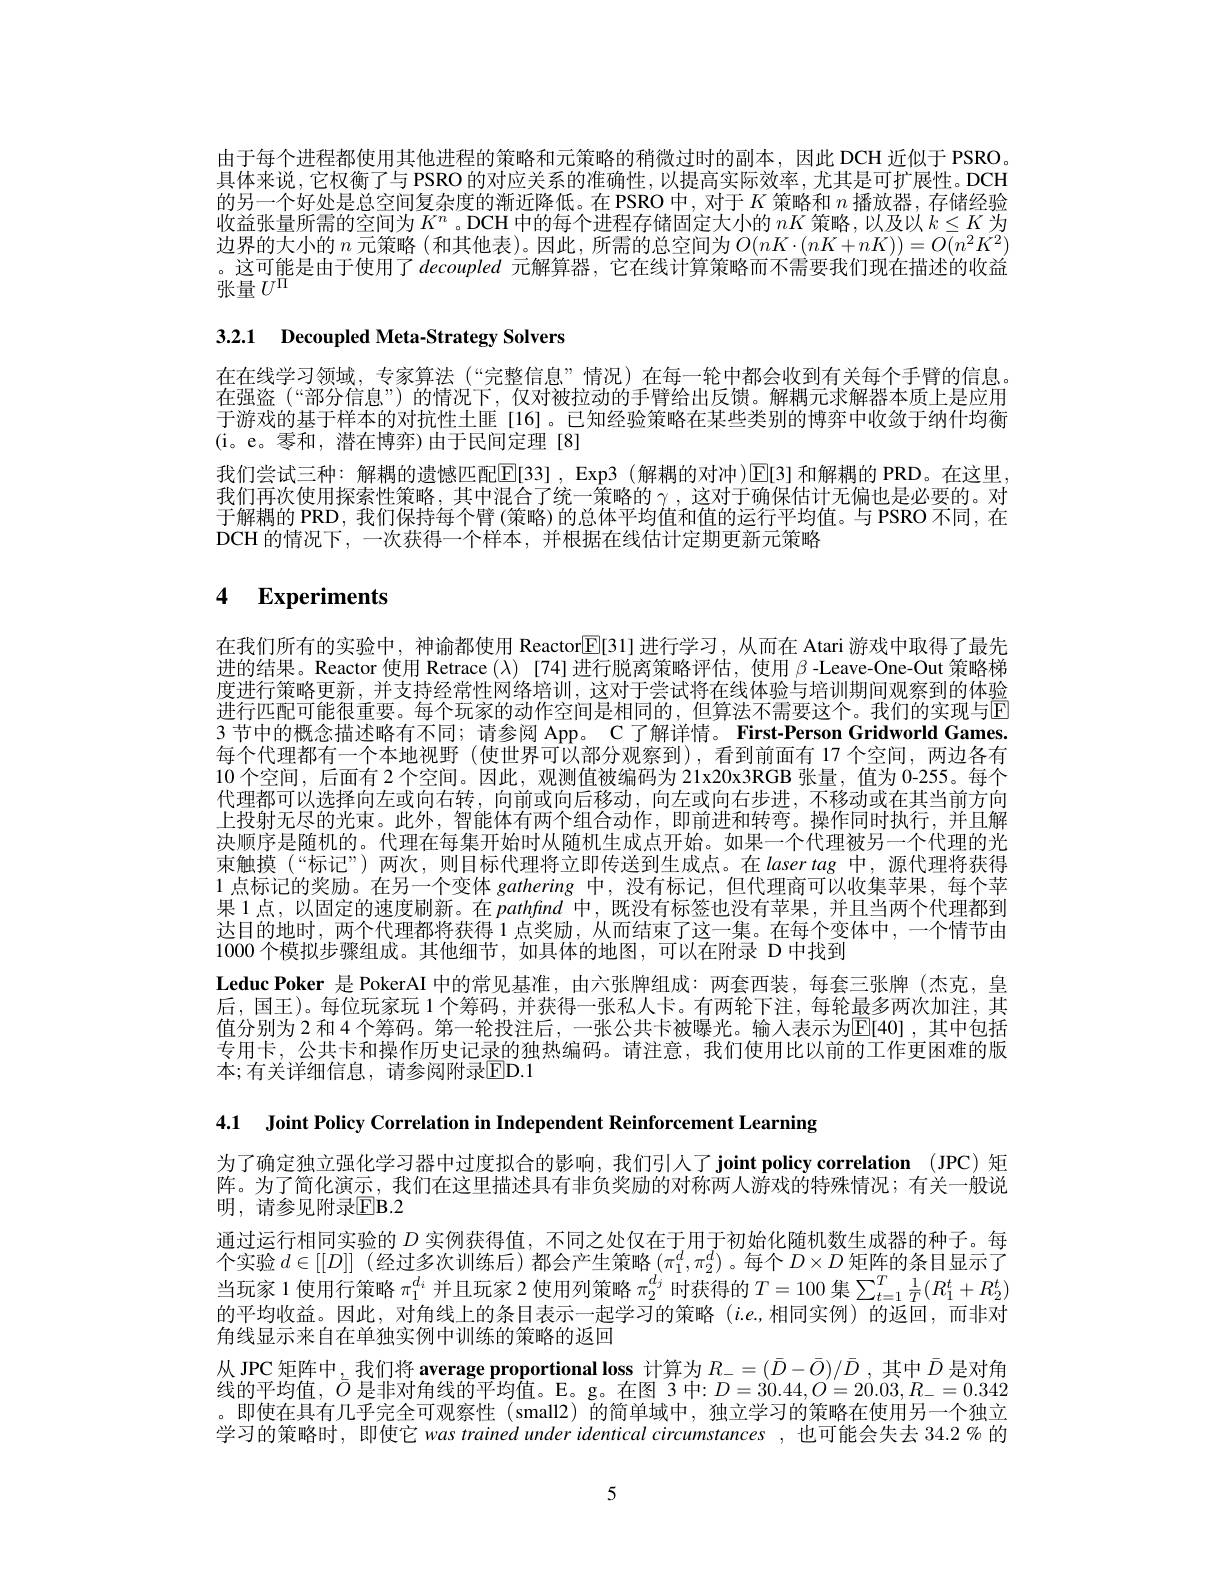
由于每个进程都使用其他进程的策略和元策略的稍微过时的副本，因此 DCH 近似于 PSRO。具体来说，它权衡了与 PSRO 的对应关系的准确性，以提高实际效率，尤其是可扩展性。DCH 的另一个好处是总空间复杂度的渐近降低。在 PSRO 中，对于$K$策略和$n$播放器，存储经验收益张量所需的空间为$K^n$ 。DCH 中的每个进程存储固定大小的$nK$策略，以及以$k\leq K$为边界的大小的 $n$ 元策略 (和其他表)。因此，所需的总空间为$O(nK\cdot(nK+nK))=O(n^2K^2)$ 。这可能是由于使用了decoupled元解算器，它在线计算策略而不需要我们现在描述的收益$\bar{\text{张量 }U^\mathrm{\Pi}}$

# 3.2.1 Decoupled Meta-Strategy Solvers

在在线学习领域，专家算法(“完整信息”情况)在每一轮中都会收到有关每个手臂的信息在强盗(“部分信息”)的情况下，仅对被拉动的手臂给出反馈。解耦元求解器本质上是应用于游戏的基于样本的对抗性土匪[16]。已知经验策略在某些类别的博弈中收敛于纳什均衡(i。e。零和，潜在博弈)由于民间定理[8]
我们尝试三种：解耦的遗憾匹配$\boxed{\mathrm{E}}[33]$, Exp3 (解耦的对冲)$\boxed{\mathrm{E}}[3]$ 和解耦的 PRD。在这里我们再次使用探索性策略，其中混合了统一策略的$\gamma$,这对于确保估计无偏也是必要的。对于解耦的 PRD, 我们保持每个臂 (策略) 的总体平均值和值的运行平均值。与 PSRO 不同，在DCH 的情况下，一次获得一个样本，并根据在线估计定期更新元策略

# 4 $\textbf{Experiments}$

在我们所有的实验中，神谕都使用 Reactor$\mathbb{E}[31]$进行学习，从而在 Atari 游戏中取得了最先进的结果。Reactor 使用 Retrace $(\lambda)$ [74]进行脱离策略评估，使用$\beta$ -Leave-One-Out 策略梯度进行策略更新，并支持经常性网络培训，这对于尝试将在线体验与培训期间观察到的体验进行匹配可能很重要。每个玩家的动作空间是相同的，但算法不需要这个。我们的实现与E 3 节中的概念描述略有不同；请参阅 App。C 了解详情。First-Person Gridworld Games. 每个代理都有一个本地视野(使世界可以部分观察到),看到前面有 17 个空间，两边各有10 个空间，后面有 2 个空间。因此，观测值被编码为 21x20x3RGB 张量，值为 0-255。每个代理都可以选择向左或向右转，向前或向后移动，向左或向右步进，不移动或在其当前方向上投射无尽的光束。此外，智能体有两个组合动作，即前进和转弯。操作同时执行，并且解决顺序是随机的。代理在每集开始时从随机生成点开始。如果一个代理被另一个代理的光束触摸(“标记”)两次，则目标代理将立即传送到生成点。在lasertag中，源代理将获得1点标记的奖励。在另一个变体 gathering 中，没有标记，但代理商可以收集苹果，每个苹果 1 点，以固定的速度刷新。在pathfind中，既没有标签也没有苹果，并且当两个代理都到达目的地时，两个代理都将获得 1 点奖励，从而结束了这一集。在每个变体中，一个情节由1000个模拟步骤组成。其他细节，如具体的地图，可以在附录 D 中找到
Leduc Poker 是 PokerAI 中的常见基准，由六张牌组成：两套西装，每套三张牌 (杰克，皇后，国王)。每位玩家玩 1 个筹码，并获得一张私人卡。有两轮下注，每轮最多两次加注，其值分别为2 和 4 个筹码。第一轮投注后，一张公共卡被曝光。输入表示为$\mathbb{E}[40]$, 其中包括专用卡，公共卡和操作历史记录的独热编码。请注意，我们使用比以前的工作更困难的版本；有关详细信息，请参阅附录$\boxed{\mathrm{ED}}.1$

4.1 Joint Policy Correlation in Independent Reinforcement Learning

为了确定独立强化学习器中过度拟合的影响，我们引人了 joint policy correlation (JPC) 矩阵。为了简化演示，我们在这里描述具有非负奖励的对称两人游戏的特殊情况；有关一般说明，请参见附录$\mathbb{E}$B.2
通过运行相同实验的$D$实例获得值，不同之处仅在于用于初始化随机数生成器的种子。每个实验$d\in[[D]]$ (经过多次训练后)都会产生策略$(\pi_1^d,\pi_2^d)$ 。每个$D\times D\underset{n}{\operatorname*{\text{矩阵的条目显示了}}}$ 当玩家 1 使用行策略$\pi_1^{d_i}$并且玩家 2 使用列策略$\pi_2^{d_j}$时获得的$T=100$集$\sum_t=1^T\frac1T(R_1^t+R_2^t)$ 的平均收益。因此，对角线上的条目表示一起学习的策略 $(i.e.$,相同实例)的返回，而非对角线显示来自在单独实例中训练的策略的返回
从 JPC 矩阵中，我们将 average proportional loss 计算为$R_-=(\bar{D}-\bar{O})/\bar{D}$ ,其中$\bar{D}$是对角线的平均值，$\bar{O}$是非对角线的平均值。E。g。在图 3 中：$D=30.44,O=20.03,R_-=0.342$ 。即使在具有几乎完全可观察性(small2)的简单域中，独立学习的策略在使用另一个独立学习的策略时，即使它 was trained under identical circumstances , 也可能会失去 34.2 % 的

5